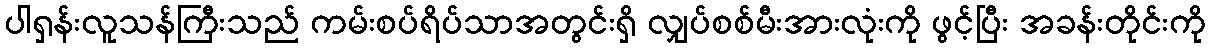
ပါရှန်းလူသန်ကြီးသည် ကမ်းစပ်ရိပ်သာအတွင်းရှိ လျှပ်စစ်မီးအားလုံးကို ဖွင့်ပြီး အခန်းတိုင်းကို